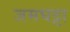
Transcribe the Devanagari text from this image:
जमघट्टा